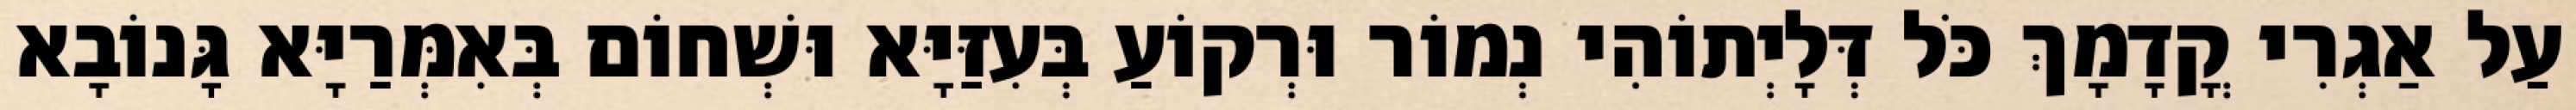
עַל אַגְרִי קֳדָמָךְ כֹּל דְּלָיְתוֹהִי נְמוֹר וּרְקוֹעַ בְּעִזַּיָּא וּשְׁחוֹם בְּאִמְּרַיָּא גָּנוֹבָא